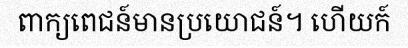
ពាក្យពេជន៍មានប្រយោជន៍។ ហើយក៍